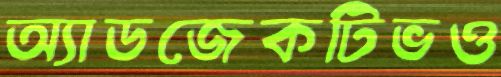
অ্যাডজেকটিভও